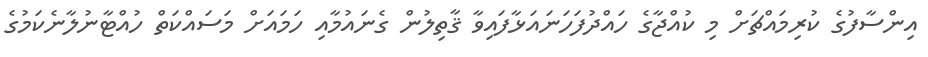
އިންސާފުގެ ކުރިމައްޗަށް މި ކުއްޖާގެ ހައްދުފަހަނައަޅާފައިވާ ޤާތިލުން ގެނައުމާއި ހަމައަށް މަސައްކަތް ހުއްޓާނުލާނެކަމުގެ